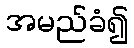
အမည်ခံ၍